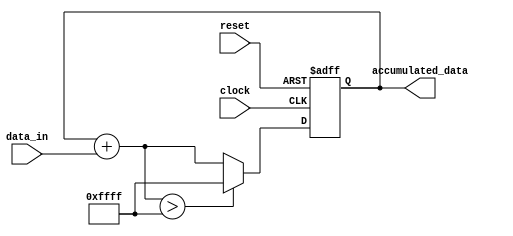
module accumulator (
    input wire [7:0] data_in,
    input wire reset,
    input wire clock,
    output wire [15:0] accumulated_data
);

reg [15:0] accumulator_reg;

always @(posedge clock or posedge reset) begin
    if (reset) begin
        accumulator_reg <= 16'h0000;
    end else begin
        if (accumulator_reg + data_in > 16'hFFFF) begin
            accumulator_reg <= 16'hFFFF;
        end else begin
            accumulator_reg <= accumulator_reg + data_in;
        end
    end
end

assign accumulated_data = accumulator_reg;

endmodule